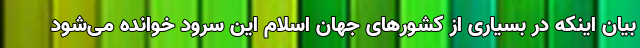
بیان اینکه در بسیاری از کشورهای جهان اسلام این سرود خوانده می‌شود